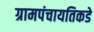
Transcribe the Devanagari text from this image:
ग्रामपंचायतिकडे